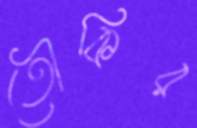
তৌকির